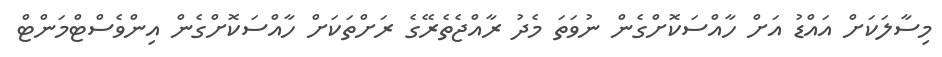
މިސާލަކަށް އައްޑު އަށް ހާއްސަކޮށްގެން ނުވަތަ މެދު ރާއްޖެތެރޭގެ ރަށްތަކަށް ހާއްސަކޮށްގެން އިންވެސްޓްމަންޓް